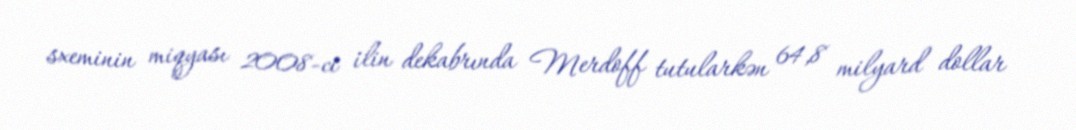
sxeminin miqyası 2008-ci ilin dekabrında Merdoff tutularkən 64,8 milyard dollar